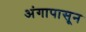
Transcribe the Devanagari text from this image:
अंगापासून